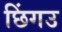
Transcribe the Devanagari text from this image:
छिंगउ